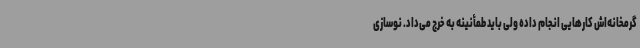
گرمخانه‌اش کارهایی انجام داده ولی باید طمأنینه به خرج می‌داد. نوسازی